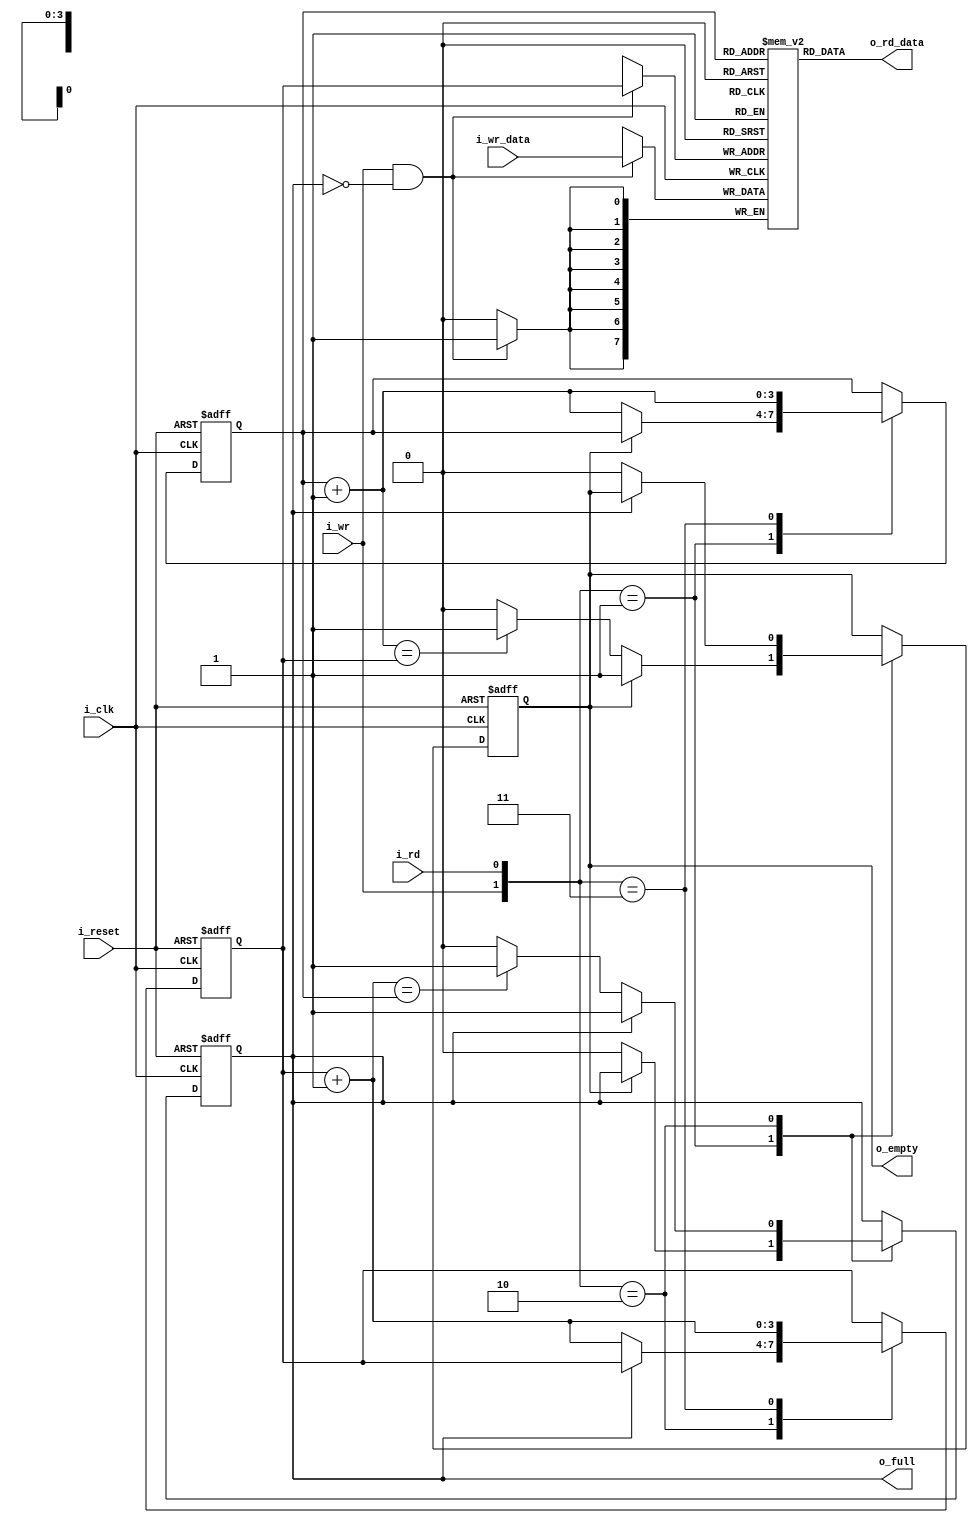
module FIFO(
    input i_clk, i_reset,
    input i_wr, i_rd,
    input [B-1:0] i_wr_data,
    output o_empty, o_full,
    output [B-1:0] o_rd_data
    );
    
    parameter B = 8,  //number of data bits in each word (8 by default)
              W = 4;  //number of address bits (15 words total by default)
    
    reg [B-1:0] s_array_reg [2**W-1:0];
    reg [W-1:0] s_wr_ptr_reg, s_wr_ptr_next;
    reg [W-1:0] s_rd_ptr_reg, s_rd_ptr_next;
    reg         s_full_reg, s_full_next, s_empty_reg, s_empty_next;
    
    wire [W-1:0] s_wr_ptr_succ, s_rd_ptr_succ;
    wire         s_wr_en;
    
    //register write operation
    always @(posedge i_clk)
        if(s_wr_en)
            s_array_reg[s_wr_ptr_reg] <= i_wr_data;
    
    always @(posedge i_clk, posedge i_reset)
        if (i_reset)
            begin
                s_wr_ptr_reg <= 0;
                s_rd_ptr_reg <= 0;
                s_full_reg  <= 1'b0;
                s_empty_reg <= 1'b1;
            end
        else
            begin
                s_wr_ptr_reg <= s_wr_ptr_next;
                s_rd_ptr_reg <= s_rd_ptr_next;
                s_full_reg   <= s_full_next;
                s_empty_reg  <= s_empty_next;
            end
    
    always @*
        begin
            //default: keep old values
            s_wr_ptr_next = s_wr_ptr_reg;
            s_rd_ptr_next = s_rd_ptr_reg;
            s_full_next   = s_full_reg;
            s_empty_next  = s_empty_reg;
            
            case({i_wr, i_rd})
                //2'b00 no op
                2'b01: //read
                    if(~s_empty_reg)
                        begin
                            s_rd_ptr_next = s_rd_ptr_succ;
                            s_full_next = 1'b0;
                            if(s_rd_ptr_succ == s_wr_ptr_reg)
                                s_empty_next = 1'b1;
                        end
                2'b10: //write
                    if(~s_full_reg)
                        begin
                            s_wr_ptr_next = s_wr_ptr_succ;
                            s_empty_next = 1'b0;
                            if(s_wr_ptr_succ == s_rd_ptr_reg)
                                s_full_next = 1'b1;
                        end
                2'b11: //read and write
                    begin
                        s_rd_ptr_next = s_rd_ptr_succ;
                        s_wr_ptr_next = s_wr_ptr_succ;
                    end
            endcase
        end
        
    //data functions
    assign s_wr_ptr_succ = s_wr_ptr_reg + 1;
    assign s_rd_ptr_succ = s_rd_ptr_reg + 1;
    assign s_wr_en = i_wr && ~s_full_reg;
    
    //output assignments
    assign o_empty = s_empty_reg;
    assign o_full  = s_full_reg;
    assign o_rd_data = s_array_reg[s_rd_ptr_reg];
    
endmodule